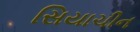
સિયાચીન